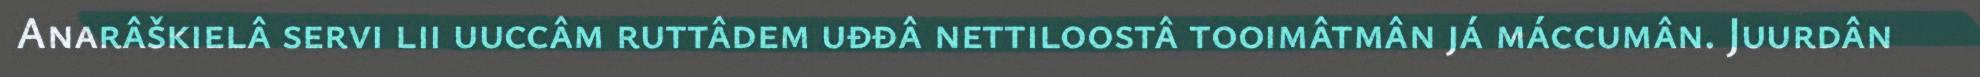
Anarâškielâ servi lii uuccâm ruttâdem uđđâ nettiloostâ tooimâtmân já máccumân. Juurdân